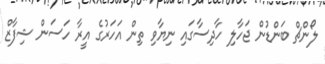
ލޯންޗް ބަންޑުން ޖަހާލި ހާދިސާގައި ނިޔާވި ތިން އަހަރުގެ އީރާ ހަސަން ޝިފާޒް